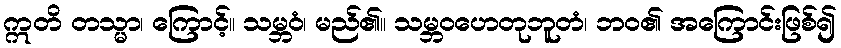
ဣတိ တသ္မာ၊ ကြောင့်။ သမ္ဘဝံ၊ မည်၏။ သမ္ဘဝဟေတုဘူတံ၊ ဘဝ၏ အကြောင်းဖြစ်၍